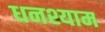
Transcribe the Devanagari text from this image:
धनश्याम